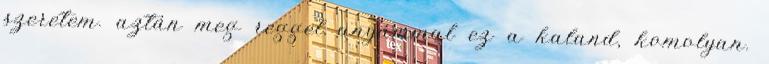
szeretem. aztán meg reggel anyámmal ez a kaland, komolyan.